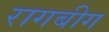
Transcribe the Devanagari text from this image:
रागबीग